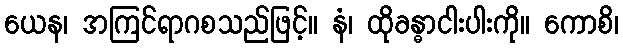
ယေန၊ အကြင်ရာဂစသည်ဖြင့်။ နံ၊ ထိုခန္ဓာငါးပါးကို။ ကောစိ၊